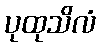
ပုထုသိလံ